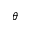
\theta